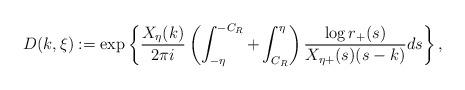
LaTeX: \begin{align*}D(k,\xi):=\exp\left\{\frac{X_{\eta}(k)}{2\pi i}\left(\int_{-\eta}^{-C_R}+\int_{C_R}^{\eta}\right)\frac{\log r_{+}(s)}{X_{\eta+}(s)(s-k)}ds\right\},\end{align*}